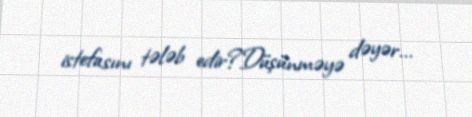
istefasını tələb edir?Düşünməyə dəyər...